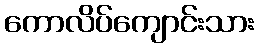
ကောလိပ်ကျောင်းသား